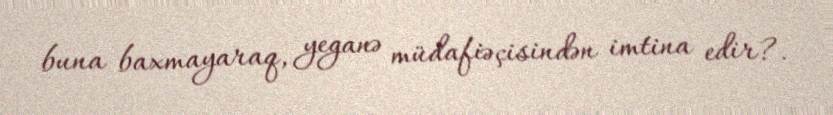
buna baxmayaraq, yeganə müdafiəçisindən imtina edir?.